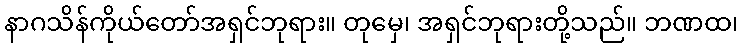
နာဂသိန်ကိုယ်တော်အရှင်ဘုရား။ တုမှေ၊ အရှင်ဘုရားတို့သည်။ ဘဏထ၊